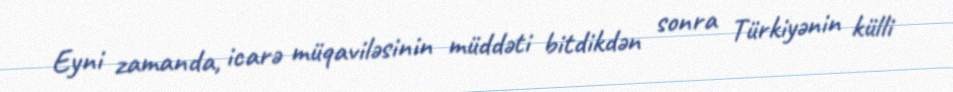
Eyni zamanda, icarə müqaviləsinin müddəti bitdikdən sonra Türkiyənin külli